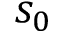
s _ { 0 }